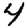
Digit: 4